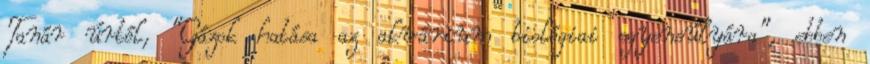
Tanár úrtól, "Gázok hatása az akvárium biológiai egyensúlyára", ebben